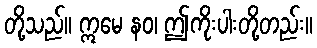
တို့သည်။ ဣမေ နဝ၊ ဤကိုးပါးတို့တည်း။